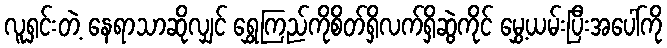
လူရှင်းတဲ့ နေရာသာဆိုလျှင် ရွှေကြည်ကိုစိတ်ရှိလက်ရှိဆွဲကိုင် မွှေ့ယမ်းပြီးအပေါ်ကို